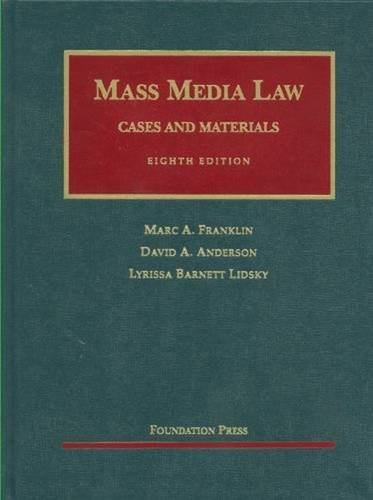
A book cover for Franklin, Anderson and Lidsky's Mass Media Law: Cases and Materials, 8th (University Casebook Series); Marc Franklin; Law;